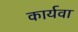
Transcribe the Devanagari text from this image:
कार्यवा